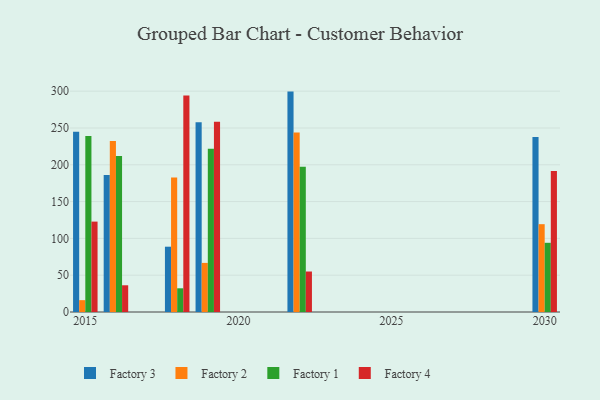
{"axis": {"x": "Year", "y": "Revenue (USD Million)"}, "legend": ["Factory 1", "Factory 2", "Factory 3", "Factory 4"], "data": [{"x": "2015", "y": 244.9, "type": "Factory 3"}, {"x": "2015", "y": 16.1, "type": "Factory 2"}, {"x": "2015", "y": 239.2, "type": "Factory 1"}, {"x": "2015", "y": 122.8, "type": "Factory 4"}, {"x": "2030", "y": 237.6, "type": "Factory 3"}, {"x": "2030", "y": 119.3, "type": "Factory 2"}, {"x": "2030", "y": 94.0, "type": "Factory 1"}, {"x": "2030", "y": 191.7, "type": "Factory 4"}, {"x": "2022", "y": 299.4, "type": "Factory 3"}, {"x": "2022", "y": 243.8, "type": "Factory 2"}, {"x": "2022", "y": 197.3, "type": "Factory 1"}, {"x": "2022", "y": 55.0, "type": "Factory 4"}, {"x": "2019", "y": 257.8, "type": "Factory 3"}, {"x": "2019", "y": 66.7, "type": "Factory 2"}, {"x": "2019", "y": 221.6, "type": "Factory 1"}, {"x": "2019", "y": 258.4, "type": "Factory 4"}, {"x": "2018", "y": 88.7, "type": "Factory 3"}, {"x": "2018", "y": 182.7, "type": "Factory 2"}, {"x": "2018", "y": 32.2, "type": "Factory 1"}, {"x": "2018", "y": 294.2, "type": "Factory 4"}, {"x": "2016", "y": 186.0, "type": "Factory 3"}, {"x": "2016", "y": 232.3, "type": "Factory 2"}, {"x": "2016", "y": 211.9, "type": "Factory 1"}, {"x": "2016", "y": 36.3, "type": "Factory 4"}]}